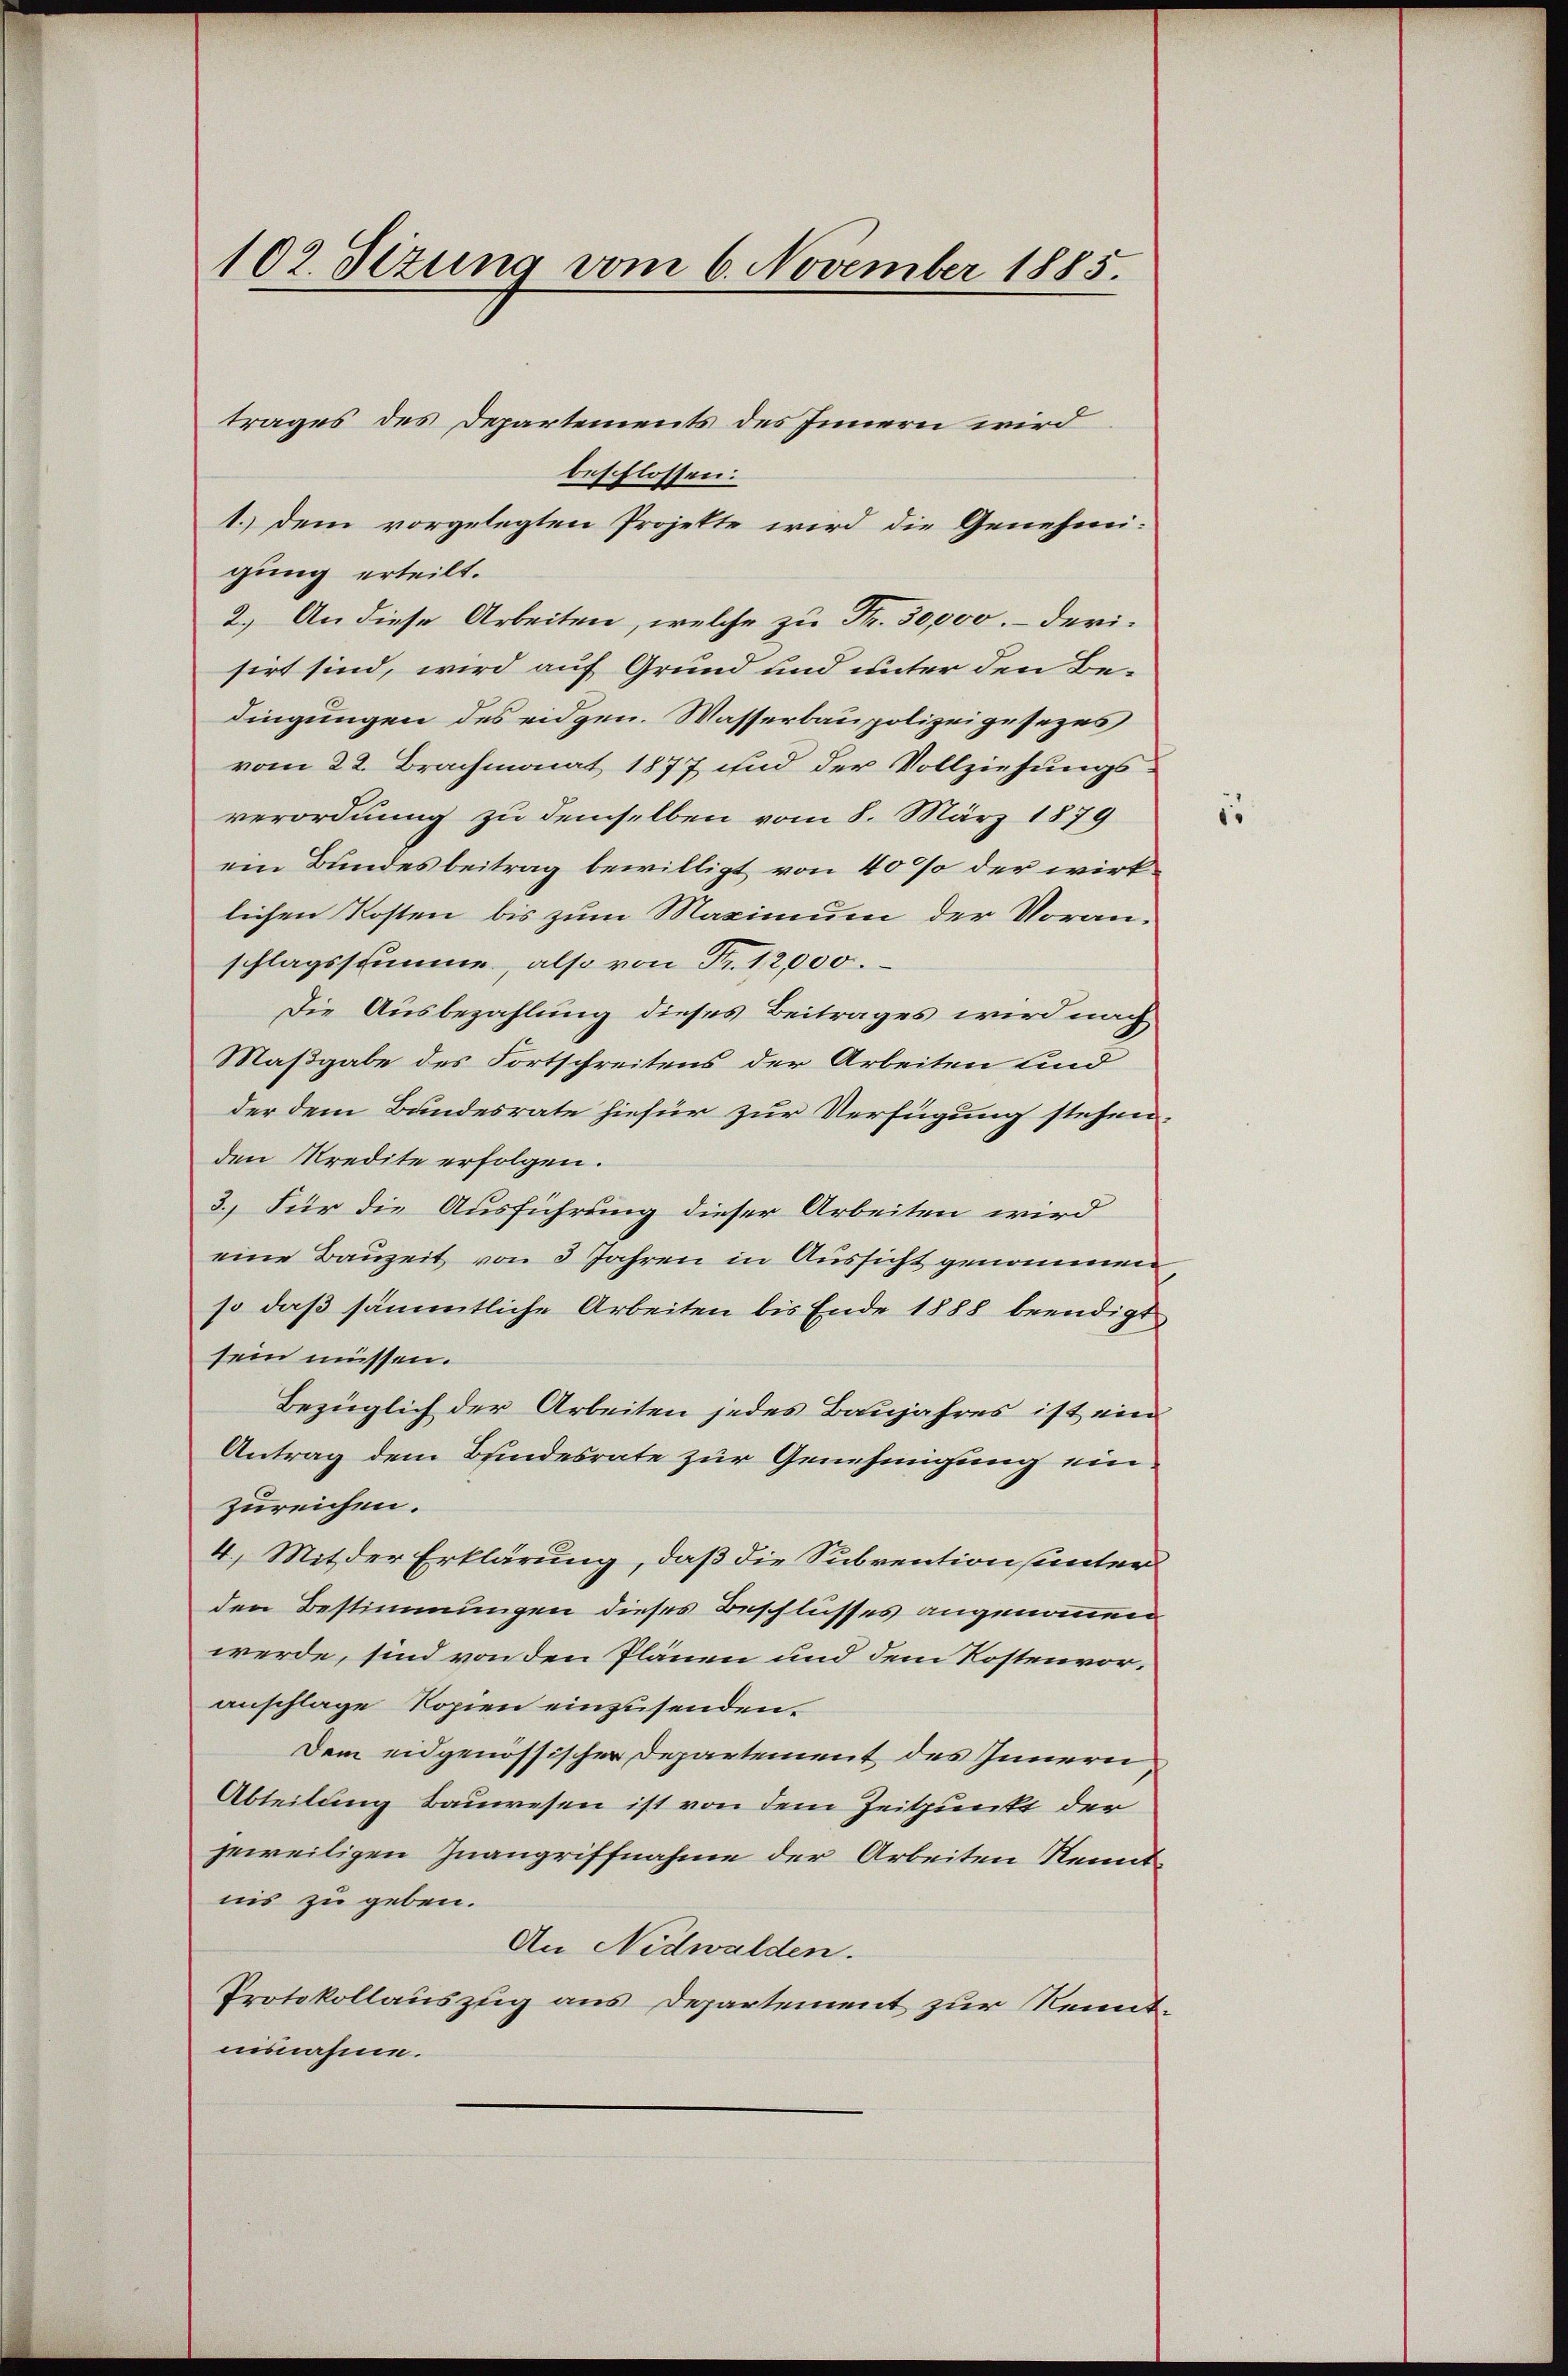
102. Sizung vom 6. November 1885.

trages des Departements des Innern wird
beschlossen:
1.) Dem vorgelegten Projekte wird die Genehmigung erteilt.
2.) An diese Arbeiten, welche zu Fr. 30,000.- derisirt sind, wird auf Grund und unter den Bedingungen des eidgen. Wasserbaupolizeigesezes
vom 22. Brachmonat 1877 und der Vollziehungs-
verordnung zu demselben vom 8. März 1879
ein Bundesbeitrag bewilligt von 40% der wirklichen Kosten bis zum Maximum der Voranschlagsstimme, also von Fr. 12,000.
Die Ausbezahlung dieses Beitrages wird nach
Maßgabe des Fortschreitens der Arbeiten und
der dem Bundesrate hiefür zur Verfügung stehen.
den Kredite erfolgen.
3.) Für die Ausführung dieser Arbeiten wird
eine Bauzeit von 3 Jahren in Aussicht genommen
so daß sämmtliche Arbeiten bis Ende 1888 beendigt
sein müssen.
Bezüglich der Arbeiten jedes Baujahres ist ein
Antrag dem Bundesrate zur Genehmigung ein
zureichen.
4.) Mit der Erklärung, daß die Subvention (unter
den Bestimmungen dieses Beschlusses angenommen
werde, sind von den Plänen und dem Kostenvoranschlage Kopien einzusenden.
Dem eidgenössischer Departement des Innern,
Abteilung bauwesen ist von dem Zeitpunkt der
jeweiligen Zuangriffnahme der Arbeiten Kenntnis zu geben.
An Nidwalden.
Protokollauszug aus Departement zur Kenntunnahme.

.